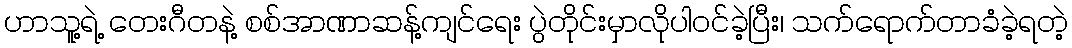
ဟာသူ့ရဲ့ တေးဂီတနဲ့ စစ်အာဏာဆန့်ကျင်ရေး ပွဲတိုင်းမှာလိုပါဝင်ခဲ့ပြီး၊ သက်ရောက်တာခံခဲ့ရတဲ့